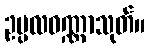
ဥပ္ပလဝဏ္ဏာသုတ်။